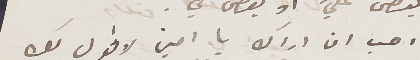
احب ان اراك يا امين لاقول لك